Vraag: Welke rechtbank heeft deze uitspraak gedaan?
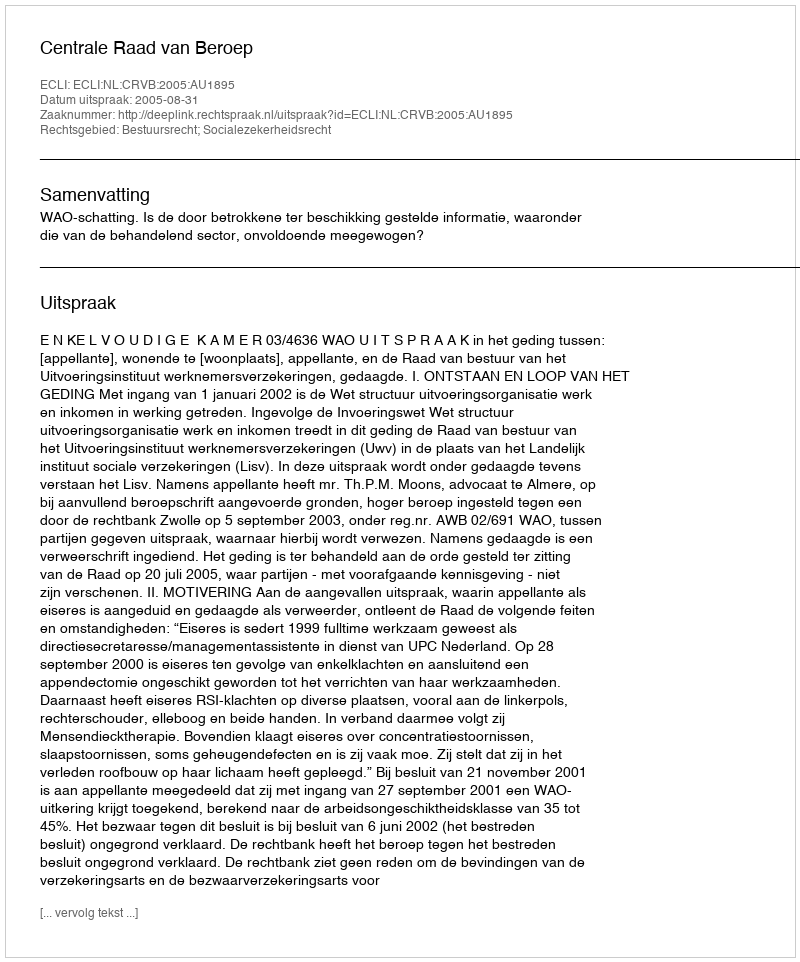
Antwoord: Centrale Raad van Beroep